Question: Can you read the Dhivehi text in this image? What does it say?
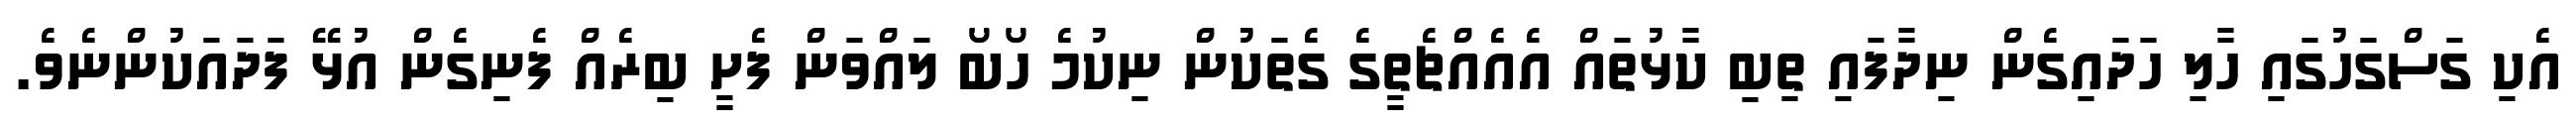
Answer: އެކި ގަސްގަހުގައި ހާލި ހަދައިގެން ނިދާފައި ތިބި ކާޅުތައް އެއެއްޗެތީގެ ގެތަކުން ނިކުމެ ހޯބޯ ލައްވަން ފެށީ ބިރެއް ފެނިގެން އުޅޭ ފަދައަކުންނެވެ.